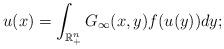
LaTeX: \begin{align*}u(x)=\int_{\mathbb{R}^n_+}G_\infty(x,y)f(u(y))dy;\end{align*}